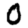
Digit: 0